Plague in India, 1896, 1897 - Volume 3
Year: 1896
Disease focus: Plague
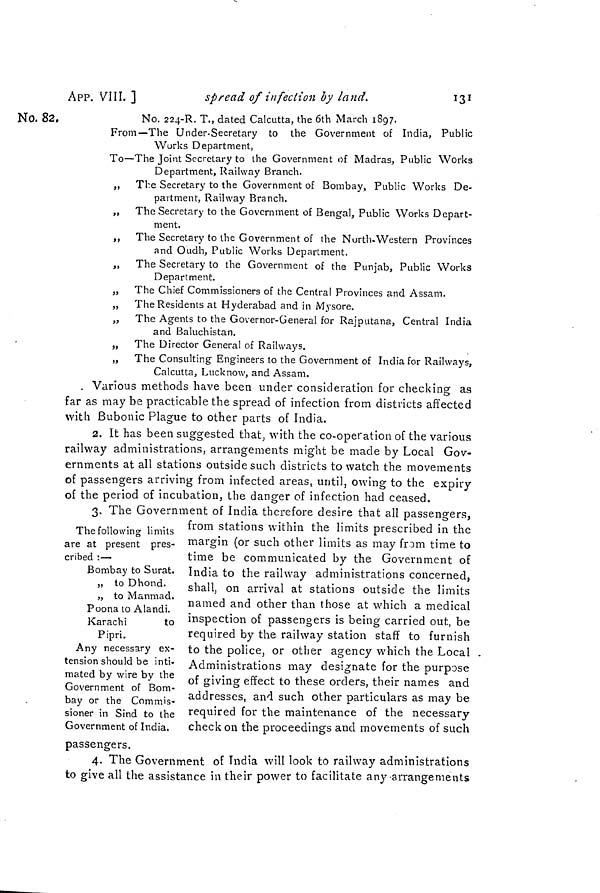
APP. VIII. ]
spread of infection by land.
131
No. 82.
No. 224-R. T., dated Calcutta, the 6th March 1897.
From—The Under-Secretary to the Government of India, Public
Works Department,
To—The Joint Secretary to the Government of Madras, Public Works
Department, Railway Branch.
,, The Secretary to the Government of Bombay, Public Works De-
partment, Railway Branch.
„ The Secretary to the Government of Bengal, Public Works Depart-
ment.
,, The Secretary to the Government of the North-Western Provinces
and Oudh, Public Works Department.
„ The Secretary to the Government of the Punjab, Public Works
Department.
„ The Chief Commissioners of the Central Provinces and Assam.
„ The Residents at Hyderabad and in Mysore.
„ The Agents to the Governor-General for Rajputana, Central India
and Baluchistan.
„ The Director General of Railways.
„ The Consulting Engineers to the Government of India for Railways,
Calcutta, Lucknow, and Assam.
. Various methods have been under consideration for checking as
far as may be practicable the spread of infection from districts affected
with Bubonic Plague to other parts of India.
2. It has been suggested that, with the co-operation of the various
railway administrations, arrangements might be made by Local Gov-
ernments at all stations outside such districts to watch the movements
of passengers arriving from infected areas, until, owing to the expiry
of the period of incubation, the danger of infection had ceased.
The following limits
are at present pres-
cribed :—
Bombay to Surat.
j, to Dhond.
„ to Manmad.
Poona to Alandi.
Karachi
to
Pipri.
Any necessary ex-
tension should be inti-
mated by wire by the
Government of Bom-
bay or the Commis-
sioner in Sind to the
Government of India.
passengers.
3. The Government of India therefore desire that all passengers,
from stations within the limits prescribed in the
margin (or such other limits as may frDm time to
time be communicated by the Government of
India to the railway administrations concerned,
shall, on arrival at stations outside the limits
named and other than those at which a medical
inspection of passengers is being carried out, be
required by the railway station staff to furnish
to the police, or other agency which the Local .
Administrations may designate for the purpose
of giving effect to these orders, their names and
addresses, and such other particulars as may be
required for the maintenance of the necessary
check on the proceedings and movements of such
4. The Government of India will look to railway administrations
to give all the assistance in their power to facilitate any-arrangements